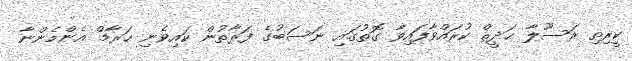
ކީރިތި ރަސޫލާ ޙަދީޘް ކުރައްވާފައިވާ ގޮތުގައި ނަސަބުގެ ފަރާތުން ކައިވެނި ޙަރާމް އެންމެންނާ